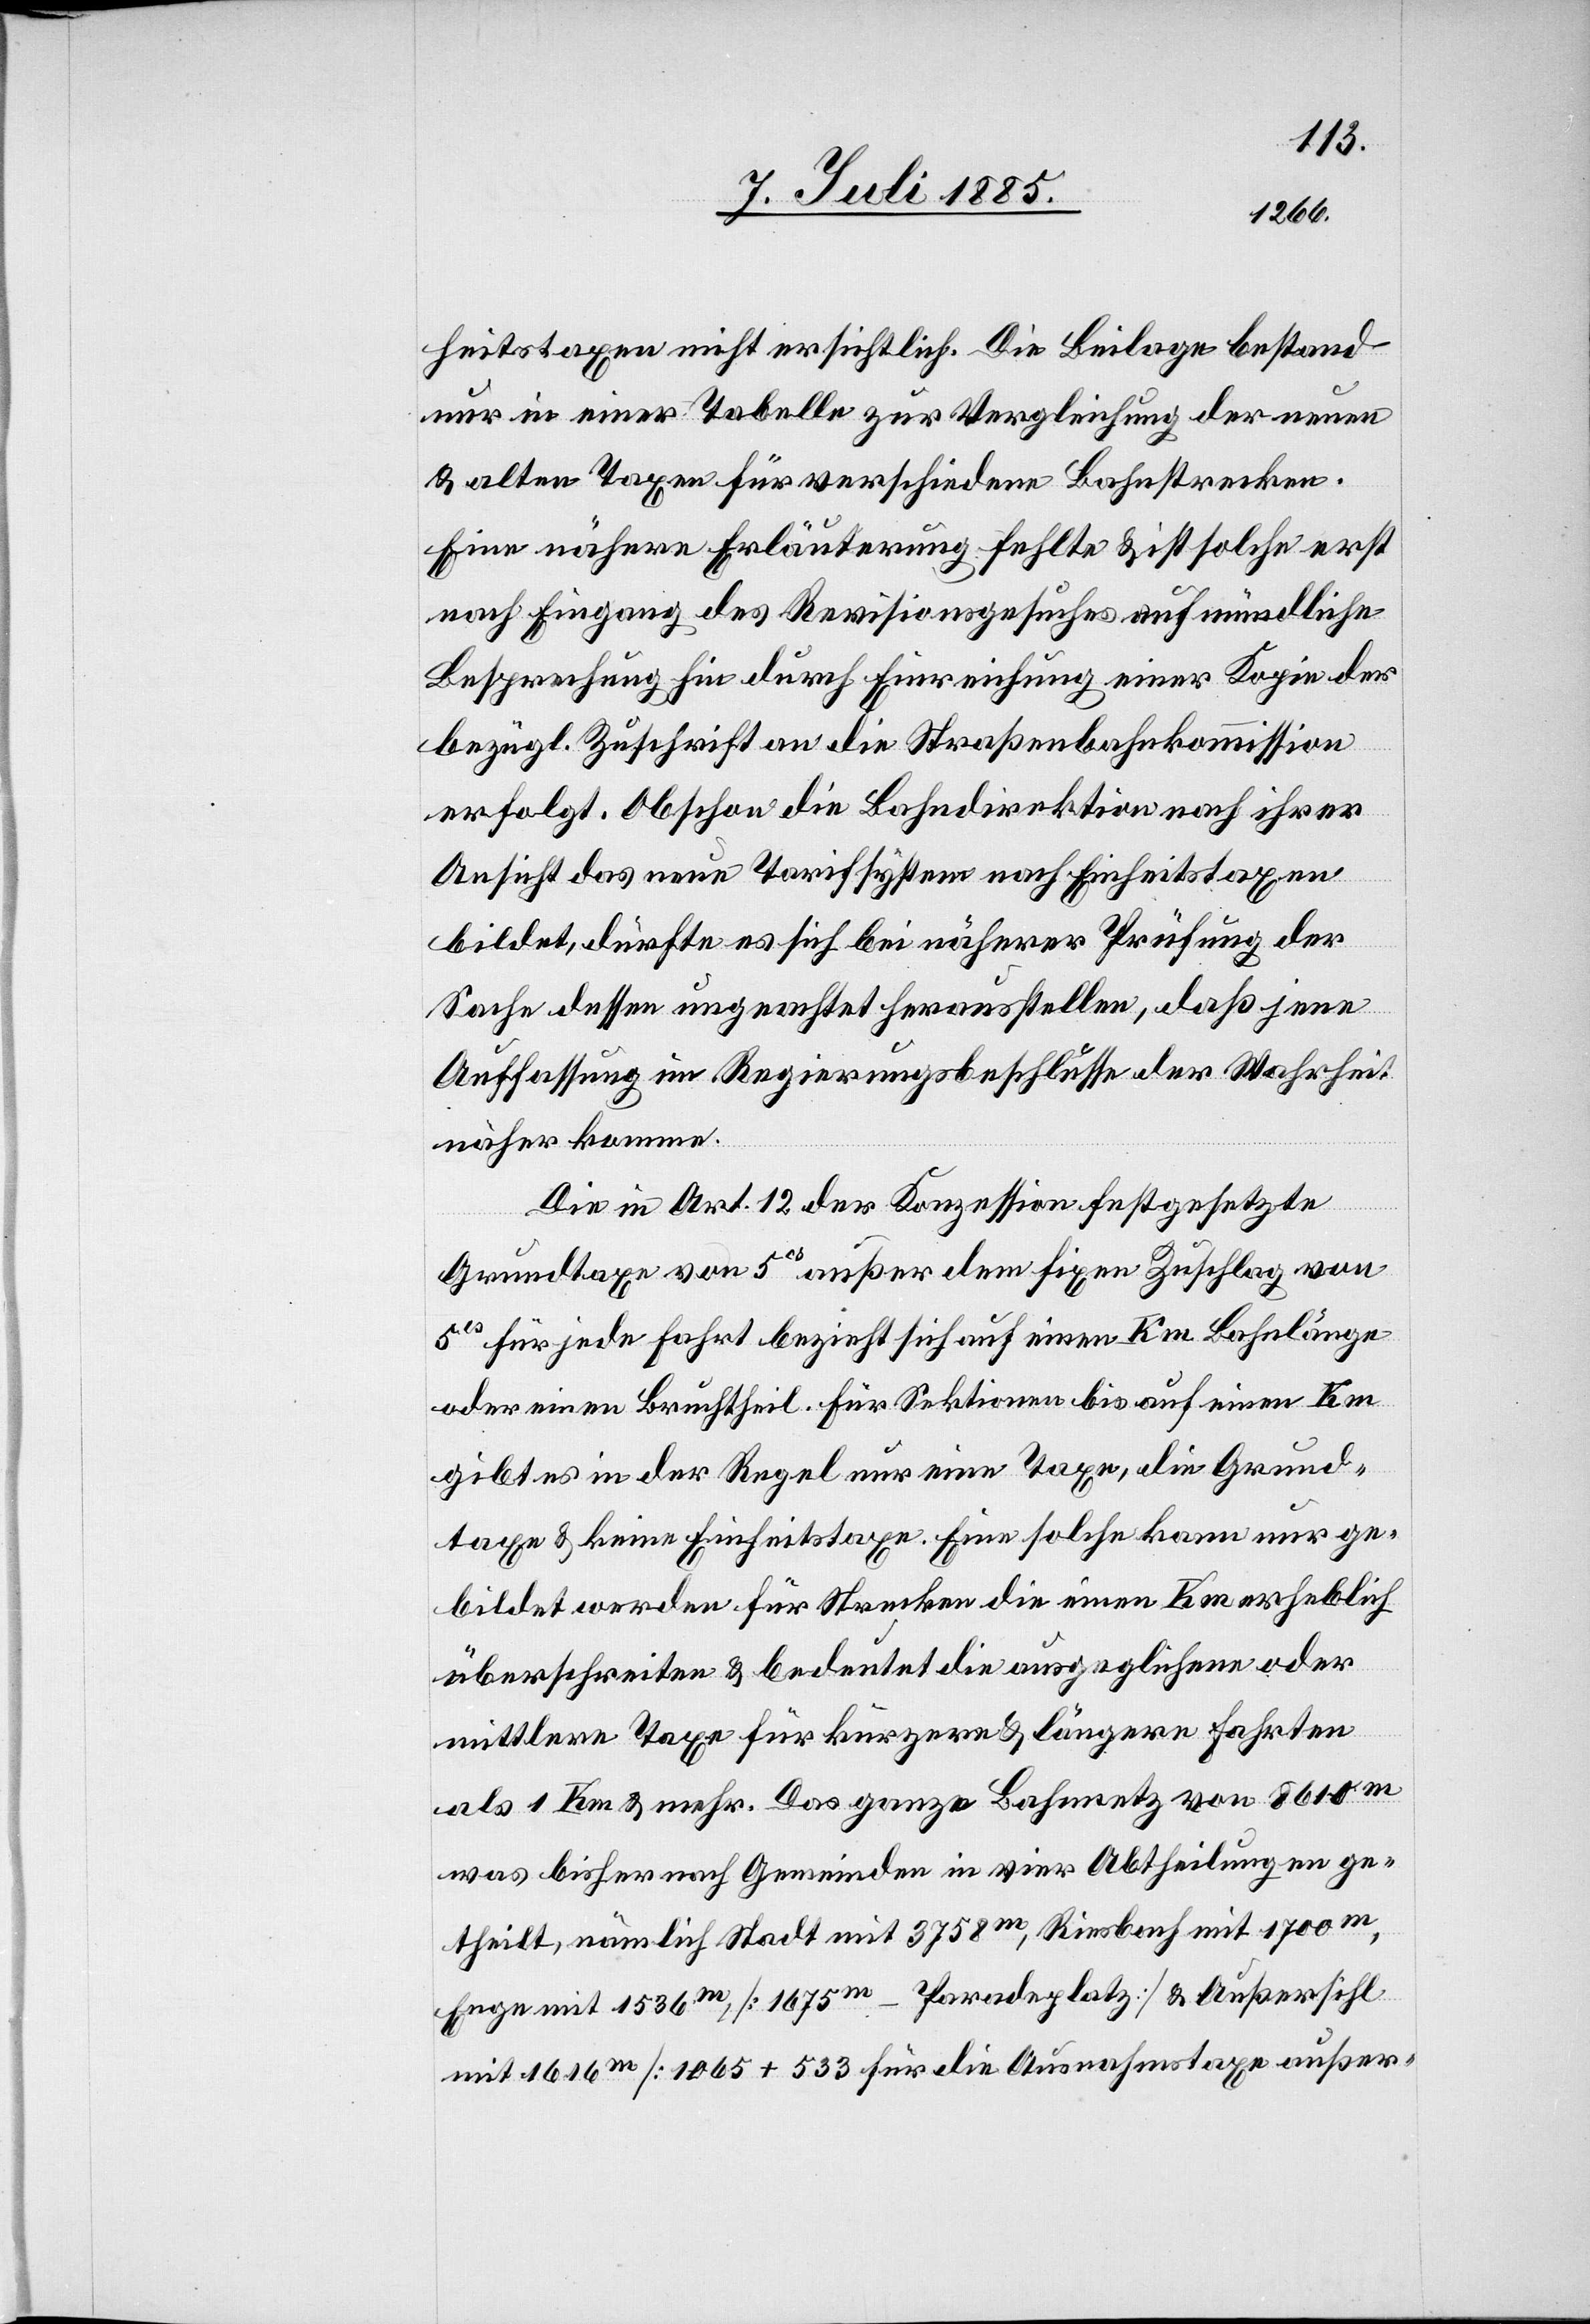
heitstaxen nicht ersichtlich. Die Beilage bestand
nur in einer Tabelle zur Vergleichung der neuen
& alten Taxen für verschiedenen Bahnstrecken.
Eine nähere Erläuterung fehlte & ist solche erst
nach Eingang des Revisionsgesuches auf mündliche
Besprechung hin durch Einreichung einer Kopie der
bezügl. Zuschrift an die Straßenbahnkommission
erfolgt. Obschon die Bahndirektion nach ihrer
Ansicht das neue Tarifsystem nach Einheitstaxen
bildet, dürfte es sich bei näherer Prüfung der
Sache dessen ungeachtet herausstellen, daß jene
Auffassung im Regierungsbeschlusse der Wahrheit
näher komme.
Die in Art. 12 der Konzession festgesetzte
Grundtaxe von 5cs außer dem fixen Zuschlag von
5cs für jede Fahrt bezieht sich auf einen Km Bahnlänge
oder einen Bruchtheil. Für Sektionen bis auf einen Km
gibt es in der Regel nur eine Taxe, die Grund¬
taxe & keine Einheitstaxe. Eine solche kann nur ge¬
bildet werden für Strecken die einen Km erheblich
überschreiten & bedeutet die ausgeglichene oder
mittlere Taxe für kürzere & längere Fahrten
als 1 Km & mehr. Das ganze Bahnnetz von 8610m
was bisher noch Gemeinden in vier Abtheilungen ge¬
theilt, nämlich Stadt mit 3758m, Riesbach mit 1700m,
Enge mit 1536m, [1675m - Paradeplatz] & Außersihl
mit 1616m [1065 +533 für die Ausnahmstaxe außer-